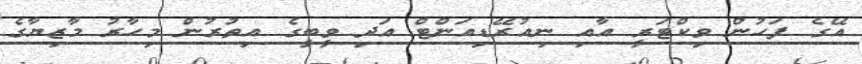
އޭގެ ފަހުން ވިކްޓަރީ އާއި ނިއުރޭޑިއަންޓް އަދި ވީބީގެ އިތުރުން މިހާރު މާޒިޔާގެ